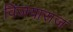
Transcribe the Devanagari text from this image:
विजयाराज